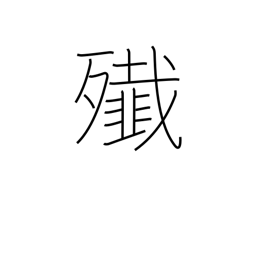
Meaning: massacre